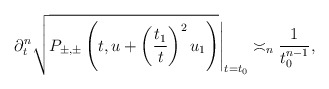
\begin{align*} \partial_{t}^n \sqrt{P_{\pm,\pm}\left(t, u+ \left(\frac{t_1}{t} \right)^2u_1 \right)}\Bigg|_{t=t_0} \asymp_n \frac{1}{t_0^{n-1}},\end{align*}